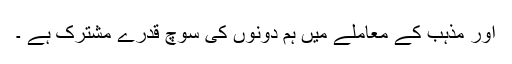
اور مذہب کے معاملے میں ہم دونوں کی سوچ قدرے مشترک ہے ۔